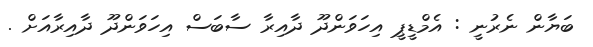
ބަޔާން ނެރުނީ : އެމްޑީޕީ އިހަވަންދޫ ދާއިރާ ސާބަސް އިހަވަންދޫ ދާއިރާއަށް .